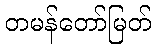
တမန်တော်မြတ်